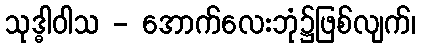
သုဒ္ဓါဝါသ - အောက်လေးဘုံ၌ဖြစ်လျက်၊